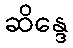
ဆိန္ဒေ